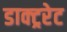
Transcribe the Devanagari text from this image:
डाक्ट्ररेट